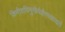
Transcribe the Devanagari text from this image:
किमीशविमुखैर्यज्ञैरवज्ञाद्दतै